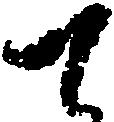
て